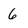
Character: 6